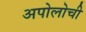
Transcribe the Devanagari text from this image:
अपोलोची